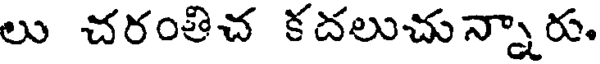
లు చరంతిచ కదలుచున్నారు.